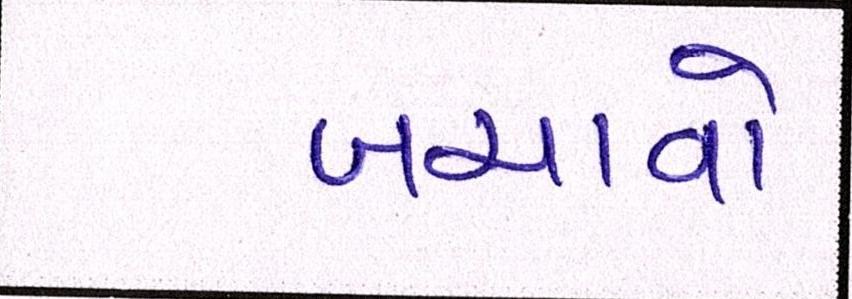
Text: બચાવો